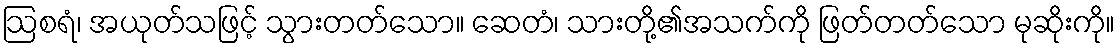
ဩစရံ၊ အယုတ်သဖြင့် သွားတတ်သော။ ဆေတံ၊ သားတို့၏အသက်ကို ဖြတ်တတ်သော မုဆိုးကို။